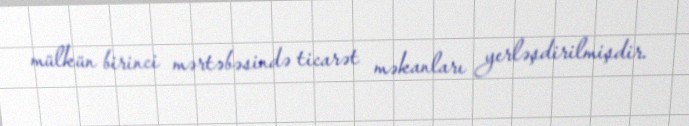
mülkün birinci mərtəbəsində ticarət məkanları yerləşdirilmişdir.